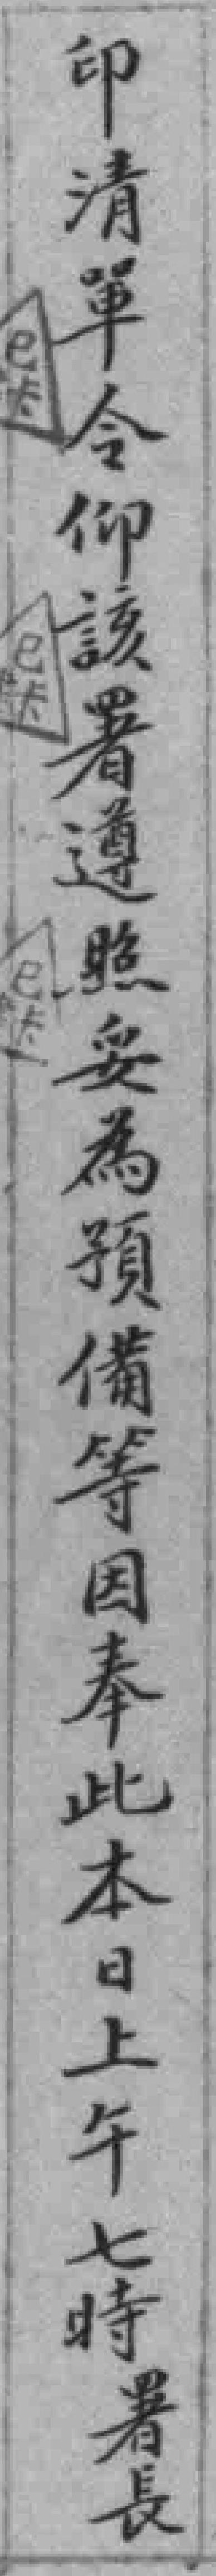
印清單令仰該署遵照妥為預備等因奉此本日上午七時署長